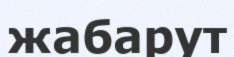
жабарут